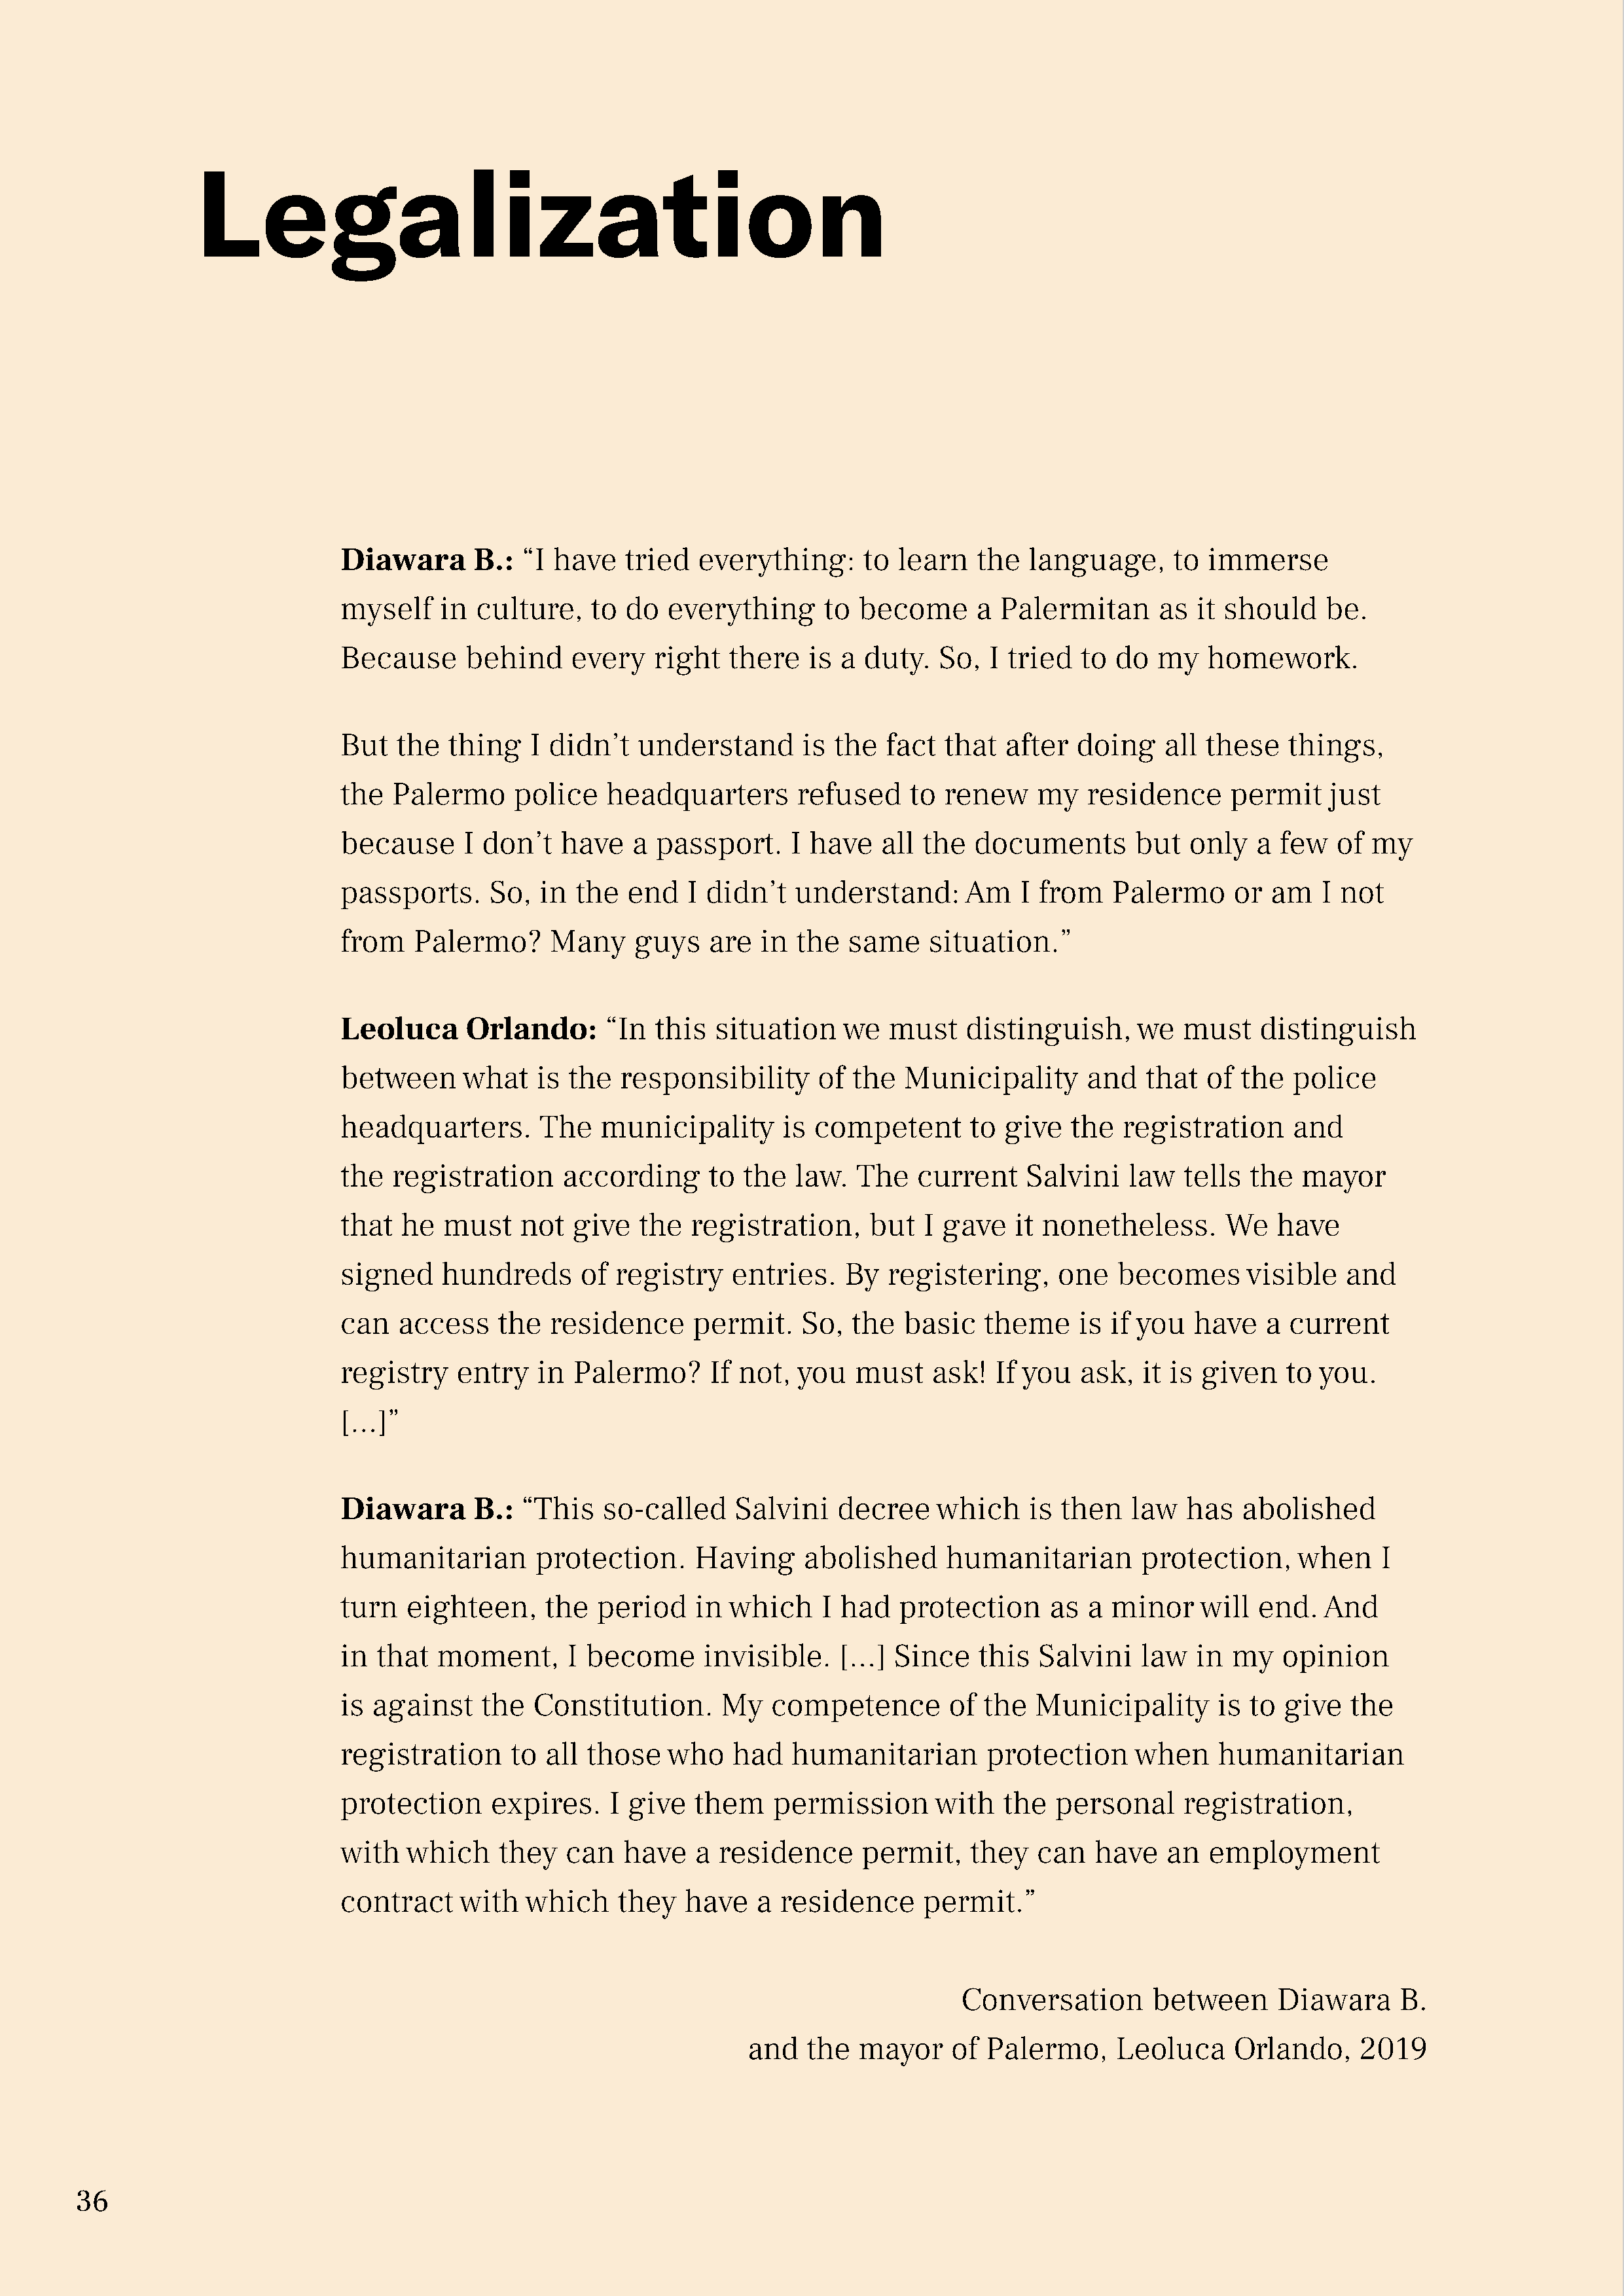
Legalization
 Diawara       B.:  “I have   tried   everything:     to  learn   the  language,      to immerse
 myself    in  culture,    to do  everything      to  become      a Palermitan      as  it should    be.
 Because      behind     every   right   there   is a duty.   So,  I tried  to  do  my   homework.
 But   the  thing    I didn’t  understand       is the   fact that   after  doing    all these   things,
 the   Palermo     police   headquarters        refused    to renew     my   residence     permit     just
 because      I don’t   have   a passport.     I have   all the  documents        but  only   a few   of  my
 passports.     So,   in the  end   I didn’t   understand:       Am   I from   Palermo      or am    I not
 from    Palermo?      Many    guys    are  in  the  same    situation.”
 Leoluca      Orlando:      “In  this  situation    we   must    distinguish,     we   must   distinguish
 between      what   is the   responsibility      of the  Municipality       and   that  of the   police
 headquarters.        The   municipality      is competent       to  give  the  registration      and
 the   registration     according      to the  law.   The   current    Salvini   law   tells the   mayor
 that   he  must    not  give   the  registration,     but  I gave    it nonetheless.      We   have
 signed     hundreds      of registry    entries.   By   registering,     one   becomes      visible   and
 can   access    the   residence     permit.    So,  the  basic   theme     is if you   have   a current
 registry    entry   in  Palermo?      If not,  you  must    ask!   If you  ask,  it is given    to you.
 […]”
 Diawara       B.:  “This   so-called    Salvini    decree    which    is then   law   has   abolished
 humanitarian        protection.     Having     abolished      humanitarian       protection,     when     I
 turn   eighteen,     the  period    in  which    I had   protection     as  a minor    will  end.   And
 in  that  moment,      I become      invisible.    […]  Since    this  Salvini   law   in  my   opinion
 is  against    the  Constitution.      My   competence        of the   Municipality      is to  give   the
 registration      to all those   who    had   humanitarian        protection     when    humanitarian
 protection      expires.    I give  them    permission       with  the   personal     registration,
 with   which    they   can   have   a  residence     permit,    they   can   have   an  employment
 contract    with   which    they   have   a  residence     permit.”
 Conversation       between      Diawara     B.
 and   the  mayor    of  Palermo,     Leoluca     Orlando,    2019
 36